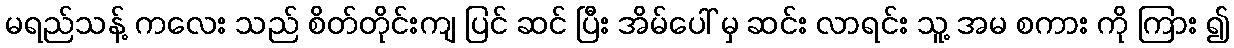
မရည်သန့် ကလေး သည် စိတ်တိုင်းကျ ပြင် ဆင် ပြီး အိမ်ပေါ် မှ ဆင်း လာရင်း သူ့ အမ စကား ကို ကြား ၍